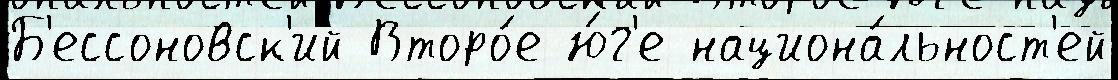
Б'ессоновск'ий Второ́е ю́г'е национа́льност'ей